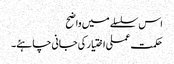
اس سلسلے میں واضح
حکمت عملی اختیار کی جانی چاہئے۔